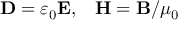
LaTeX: \mathbf { D } = \varepsilon _ { 0 } \mathbf { E } , \; \; \; \mathbf { H } = \mathbf { B } / \mu _ { 0 }